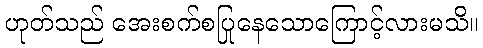
ဟုတ်သည် အေးစက်စပြုနေသောကြောင့်လားမသိ။